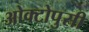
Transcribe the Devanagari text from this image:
ओक्टोपुसी